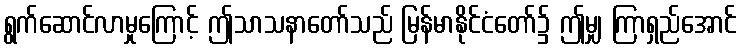
ရွက်ဆောင်လာမှုကြောင့် ဤသာသနာတော်သည် မြန်မာနိုင်ငံတော်၌ ဤမျှ ကြာရှည်အောင်